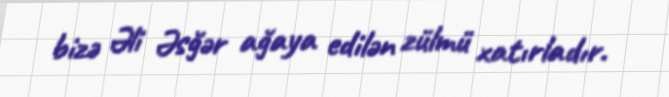
bizə Əli Əsğər ağaya edilən zülmü xatırladır.